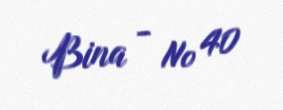
Bina - № 40